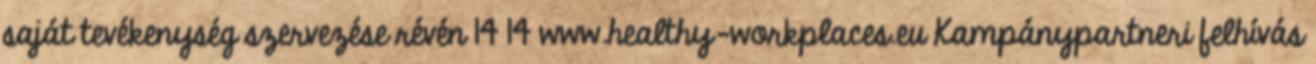
saját tevékenység szervezése révén 14 14 www.healthy-workplaces.eu Kampánypartneri felhívás